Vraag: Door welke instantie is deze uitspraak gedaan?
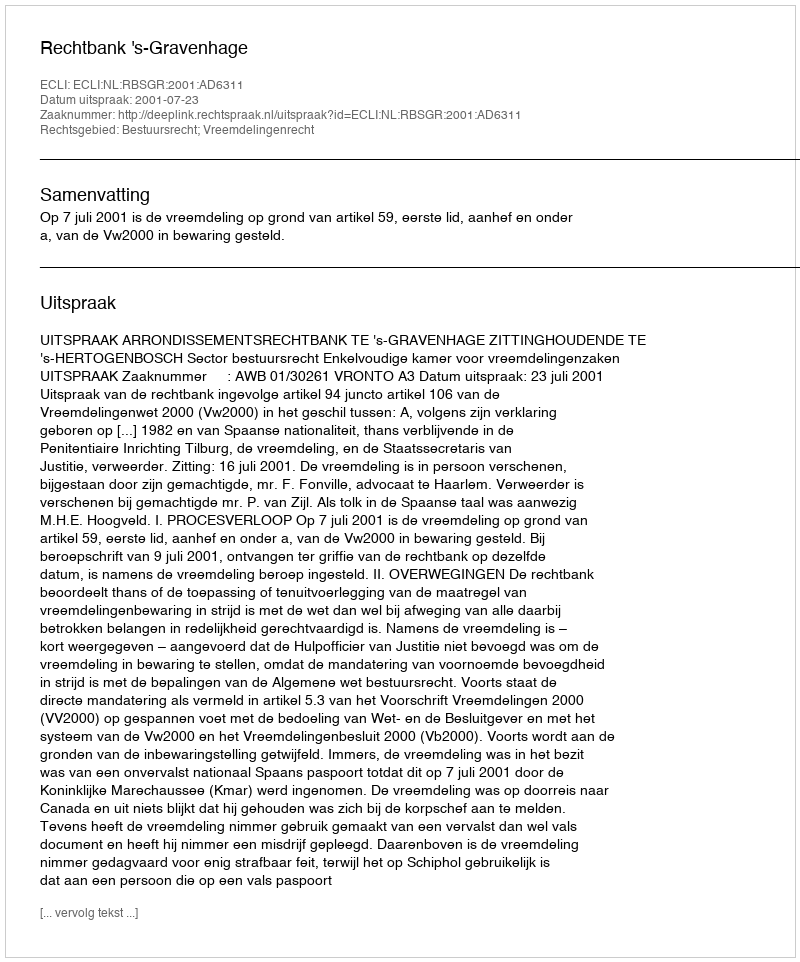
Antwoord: Rechtbank 's-Gravenhage